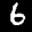
Label: 6